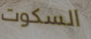
السكوت